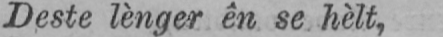
Deste lènger ên se hèlt,